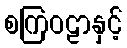
စကြဝဠာနှင့်